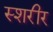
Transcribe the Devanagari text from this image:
स्शरीर